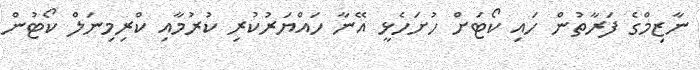
ނާޒިމްގެ ފަރާތުން ހައި ކޯޓަށް ހުށަހެޅީ އޭނާ ހައްޔަރުކުރި ކުރުމާއި ކްރިމިނަލް ކޯޓުން